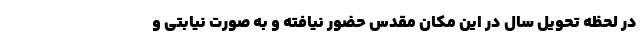
در لحظه تحویل سال در این مکان مقدس حضور نیافته و به صورت نیابتی و